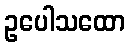
ဥပေါသထော